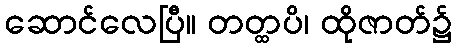
ဆောင်လေပြီ။ တတ္ထပိ၊ ထိုဇာတ်၌